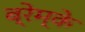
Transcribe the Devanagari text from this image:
ब्रेम्के